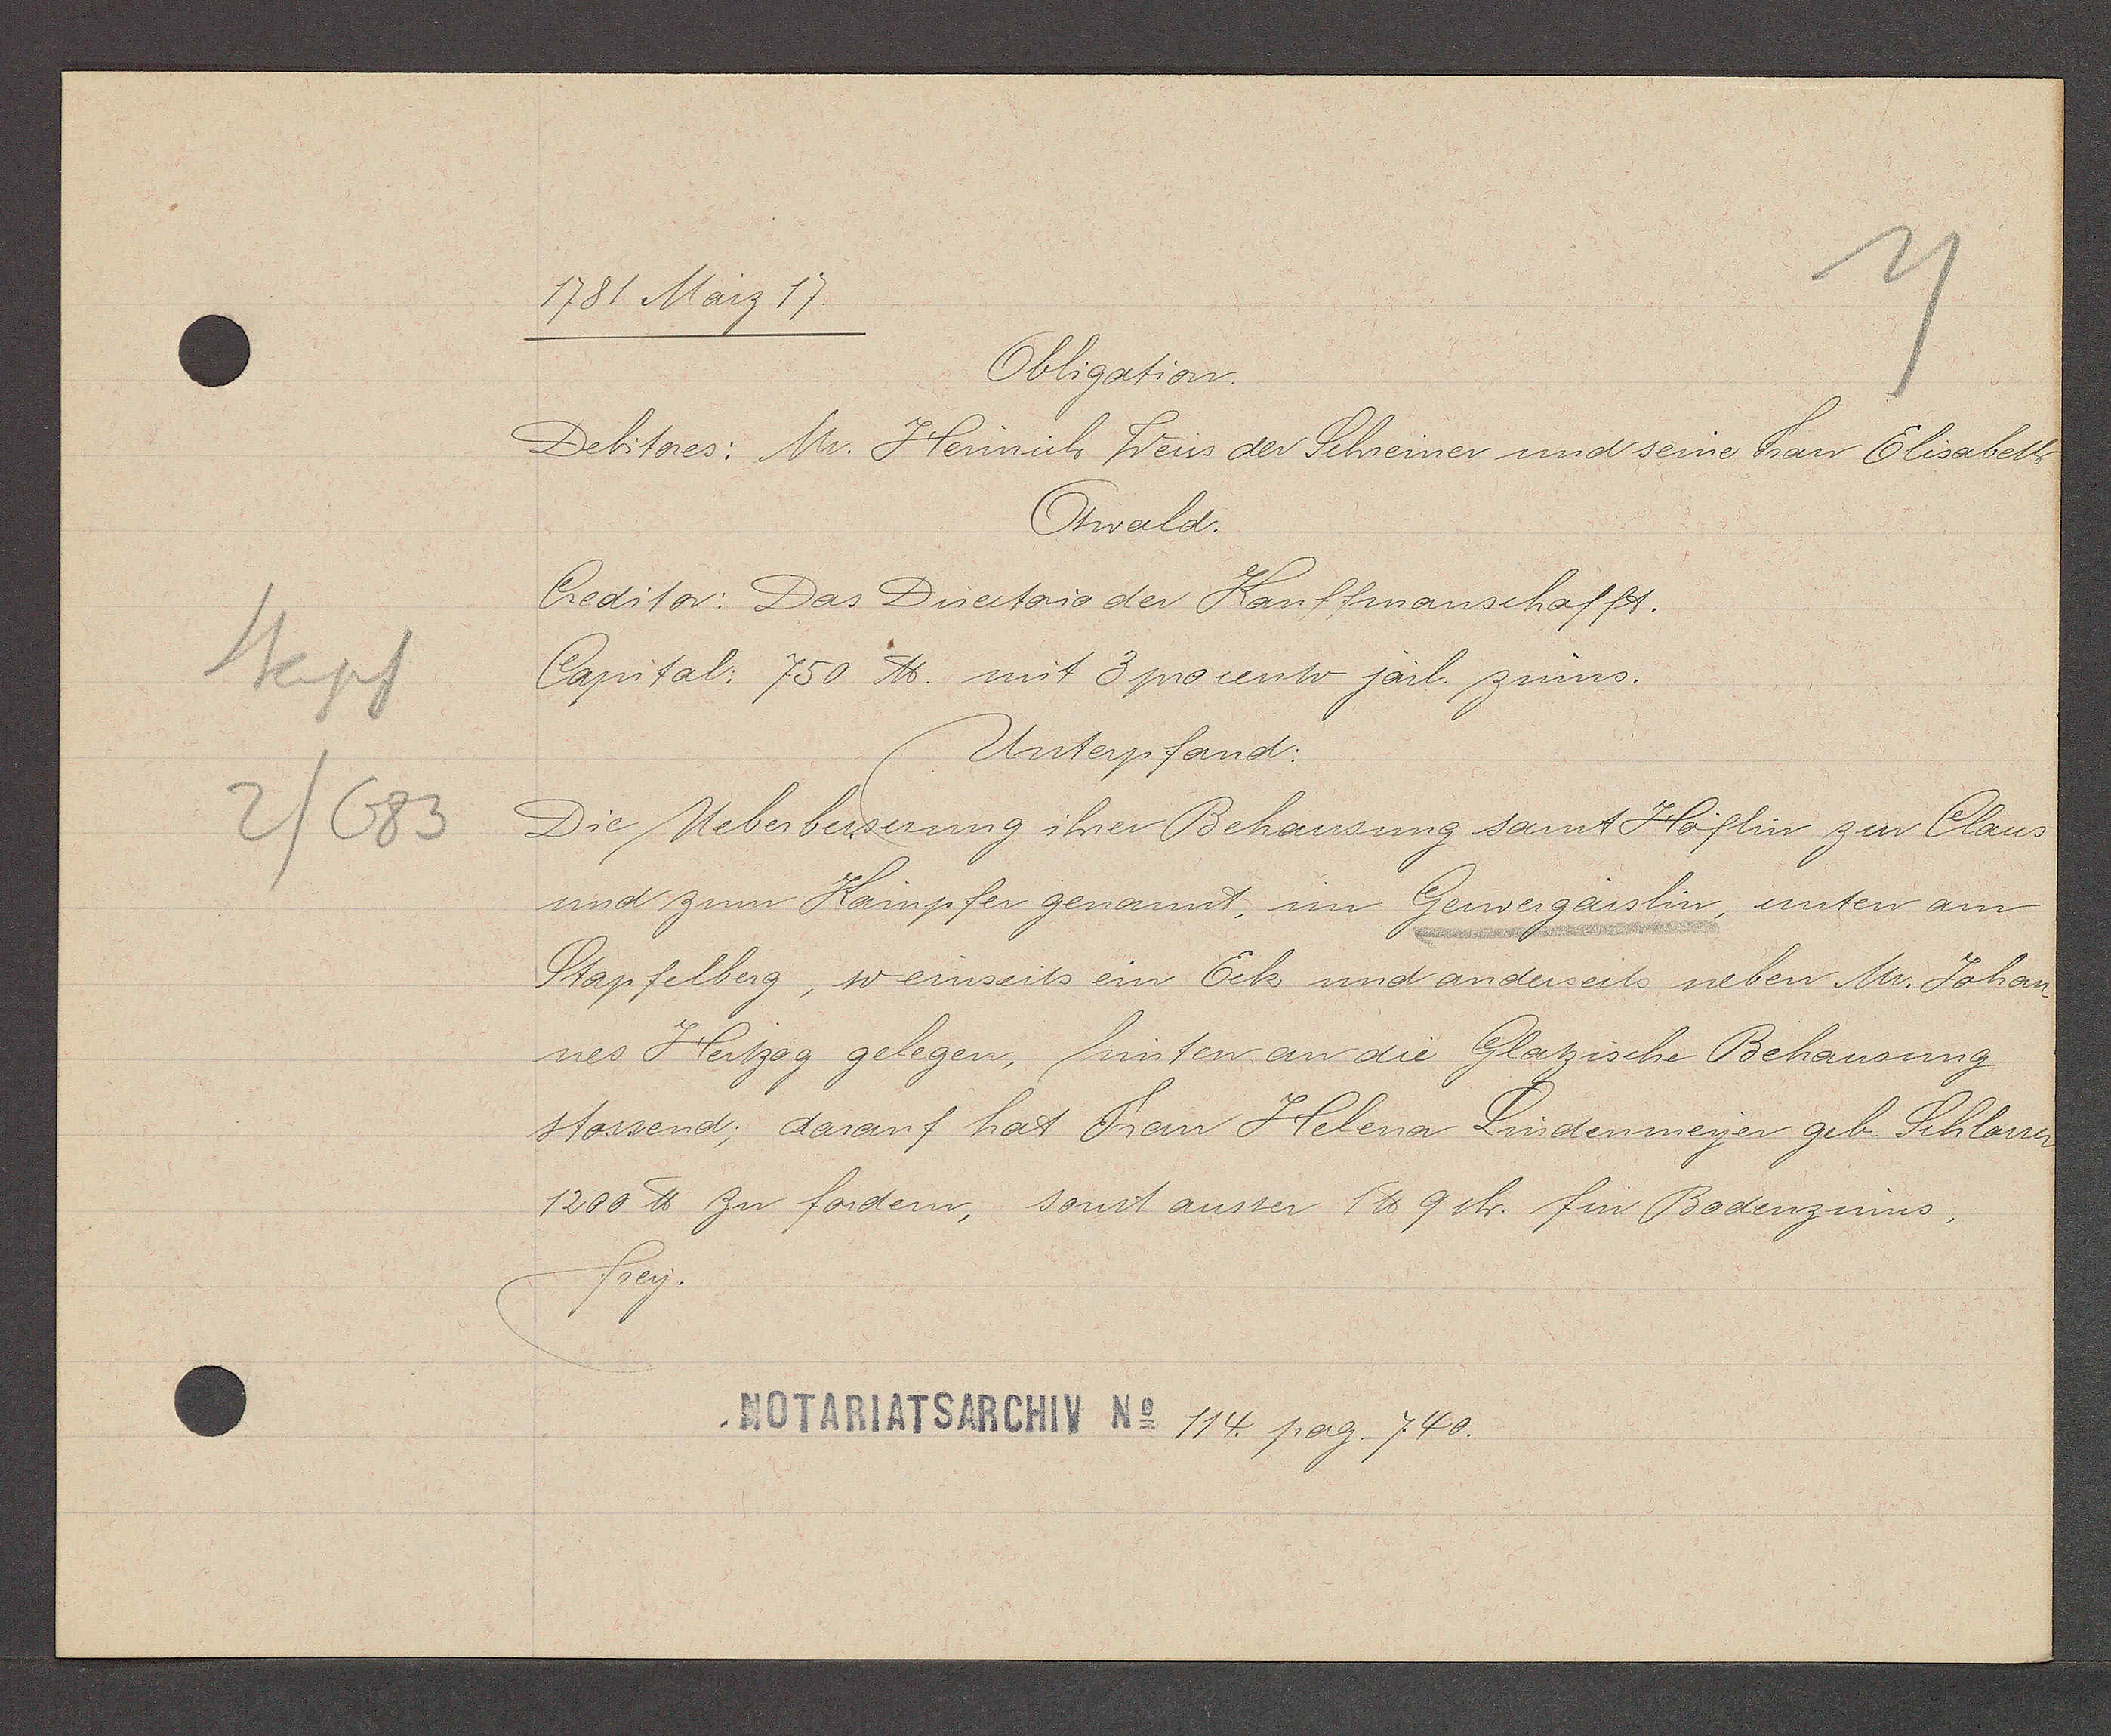
Transcript:
Stapf
2/683

1781 März 17.

Obligation.
Debitores: Mr. Heinrich Weiss der Schreiner und seine Frau Elisabeth
Oswald.
Creditor: Das Directorio der Kauffmanschafft.
Capital: 750 ℔ mit 3 procento järl. zinns.
Unterpfand:
Die Ueberbesserung ihrer Behausung samt Höflin zur Claus
und zum Kainpfer genannt, im Gerwergaislin, unten am
Stapfelberg, weinseits ein Eck und anderseits neben Mr. Johan¬
nes Hertzog gelegen, hinten an die Glatzische Behausung
stossend; darauf hat Frau Helena Lindenmeyer geb. Schlaun
1200 ℔ zu fordern, sonst ausser 1 ℔ 9 sh. für Bodenzinns,
frey.

Notariatsarchiv No 114. pag. 740.